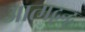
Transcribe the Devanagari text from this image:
आत्मद्वन्द्व